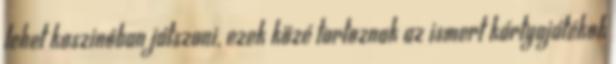
lehet kaszinóban játszani, ezek közé tartoznak az ismert kártyajátékok